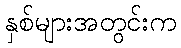
နှစ်များအတွင်းက